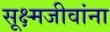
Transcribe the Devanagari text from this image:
सूक्ष्मजीवांना